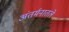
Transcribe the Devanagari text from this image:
अंतर्मनातले